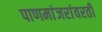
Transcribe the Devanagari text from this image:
पाणमांजरांवरती